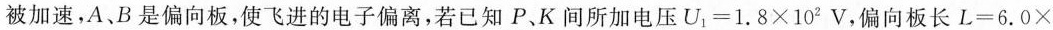
被加速，A、B是偏向板，使飞进的电子偏离，若已知P、K间所加电压$$U_{1}=1.8\times 10^{2}V$$，偏向板长$$L=6.0\times